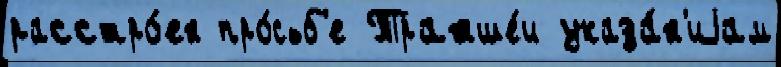
расстро́ен про́сьб'е Транше́и указа́н'иjам